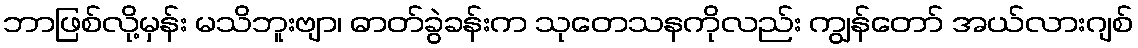
ဘာဖြစ်လို့မှန်း မသိဘူးဗျာ၊ ဓာတ်ခွဲခန်းက သုတေသနကိုလည်း ကျွန်တော် အယ်လားဂျစ်